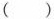
()